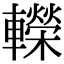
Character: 𨏍